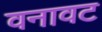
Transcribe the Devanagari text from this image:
वनावट